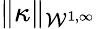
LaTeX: \| \kappa\| _{\mathcal{W}^{1,\infty}}